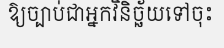
ឱ្យច្បាប់ជាអ្នកវិនិច្ឆ័យទៅចុះ